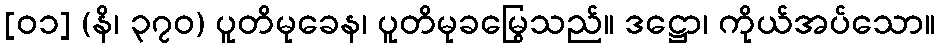
[၀၁] (နိ၊ ၃၇၀) ပူတိမုခေန၊ ပူတိမုခမြွေသည်။ ဒဋ္ဌော၊ ကိုယ်အပ်သော။